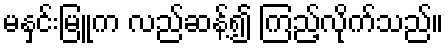
မနှင်းမြူက လည်ဆန့်၍ ကြည့်လိုက်သည်။